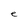
Character: e